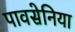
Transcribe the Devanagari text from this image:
पावसेनिया